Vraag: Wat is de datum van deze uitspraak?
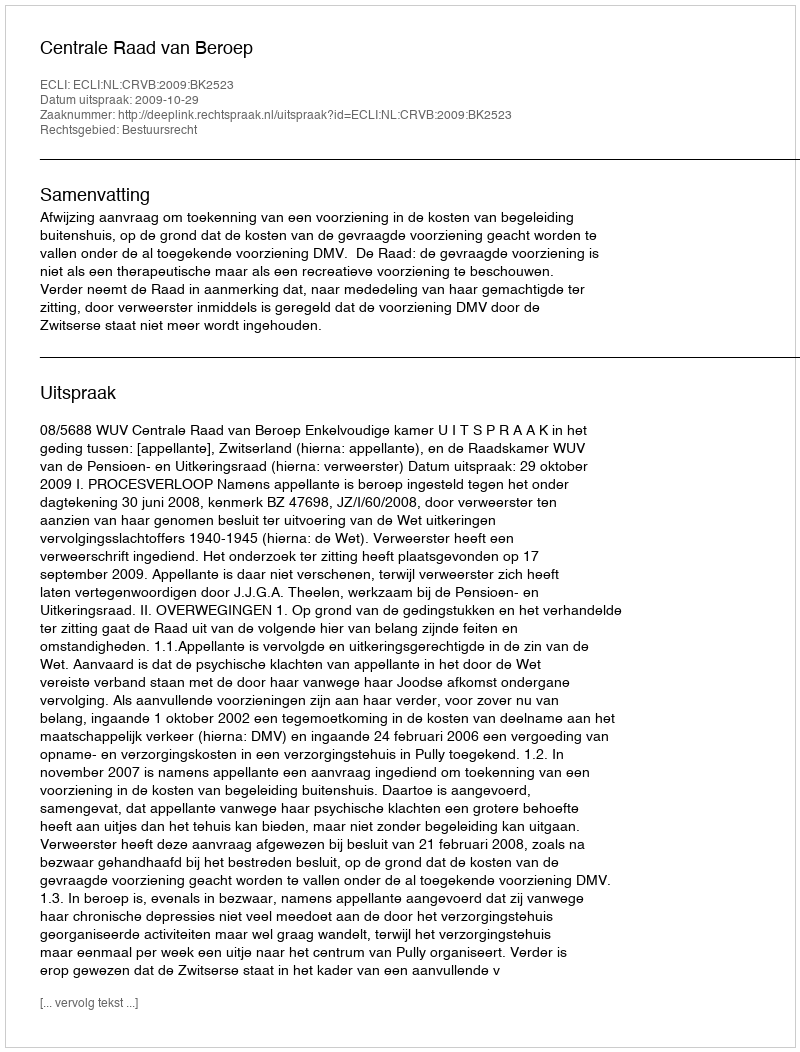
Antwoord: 2009-10-29